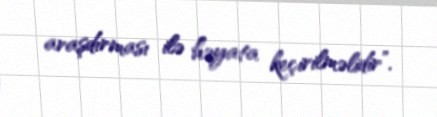
araşdırması ilə həyata keçirilməlidir”.